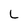
Character: L